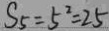
S _ { 5 } = 5 ^ { 2 } = 2 5